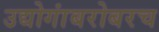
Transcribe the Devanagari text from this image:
उद्योगांबरोबरच